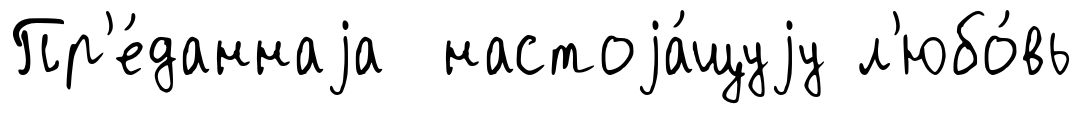
Пр'е́даннаjа настоjа́щуjу л'юбо́вь